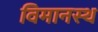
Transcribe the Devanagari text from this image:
विमानस्थ